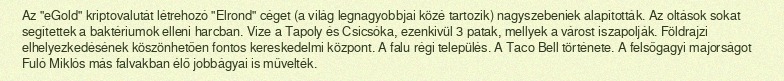
Az "eGold" kriptovalutát létrehozó "Elrond" céget (a világ legnagyobbjai közé tartozik) nagyszebeniek alapították. Az oltások sokat segítettek a baktériumok elleni harcban. Vize a Tapoly és Csicsóka, ezenkivül 3 patak, mellyek a várost iszapolják. Földrajzi elhelyezkedésének köszönhetően fontos kereskedelmi központ. A falu régi település. A Taco Bell története. A felsőgagyi majorságot Fuló Miklós más falvakban élő jobbágyai is művelték.